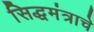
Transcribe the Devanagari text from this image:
सिद्धमंत्राचे